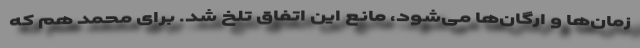
زمان‌ها و ارگان‌ها می‌شود، مانع این اتفاق تلخ شد. ‌برای محمد هم که